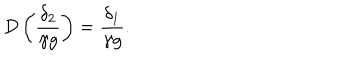
LaTeX: D \left( \frac { \delta _ { 2 } } { \gamma g } \right) = \frac { \delta _ { 1 } } { \gamma g } .